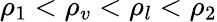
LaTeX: \rho_{1}<\rho_{v}<\rho_{l}<\rho_{2}